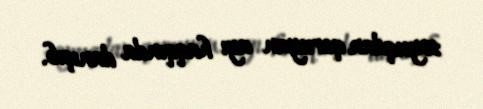
soyuqdan qoruyan ayı haqqında danışıb.